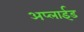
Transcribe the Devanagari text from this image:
अप्‍लाईड